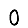
Digit: 0